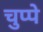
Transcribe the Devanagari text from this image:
चुप्पे